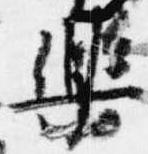
楽